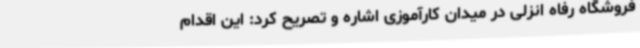
فروشگاه رفاه انزلی در میدان کارآموزی اشاره و تصریح کرد: این اقدام